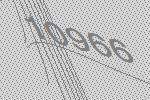
10966